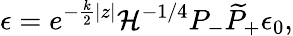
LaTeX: \epsilon=e^{-{\frac{k}{2}}|z|}{\cal H}^{-1/4}P_{-}\widetilde P_{+}\epsilon_{0},